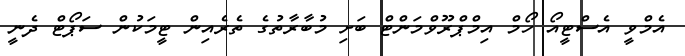
އެމްވީ އެސްޓީއޯ ހޯމް އިމްޕްރޫވްމަންޓް ބަށި މުބާރާތުގެ ތެރެއިން ޓީމަކުން ސަޕޯޓް ދެނީ